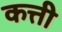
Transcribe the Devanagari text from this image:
कत्ती